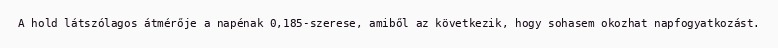
A hold látszólagos átmérője a napénak 0,185-szerese, amiből az következik, hogy sohasem okozhat napfogyatkozást.